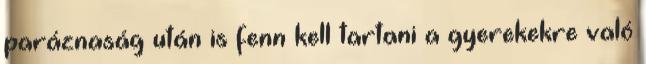
paráznaság után is fenn kell tartani a gyerekekre való